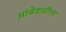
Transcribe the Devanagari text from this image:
आंबेवाडीला